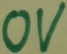
Text: 0V